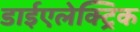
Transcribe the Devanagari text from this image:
डाईएलेक्ट्रिक